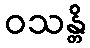
ဝသန္တိ